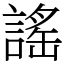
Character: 謠